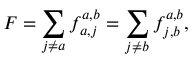
F = \sum _ { j \ne a } f _ { a , j } ^ { a , b } = \sum _ { j \ne b } f _ { j , b } ^ { a , b } ,